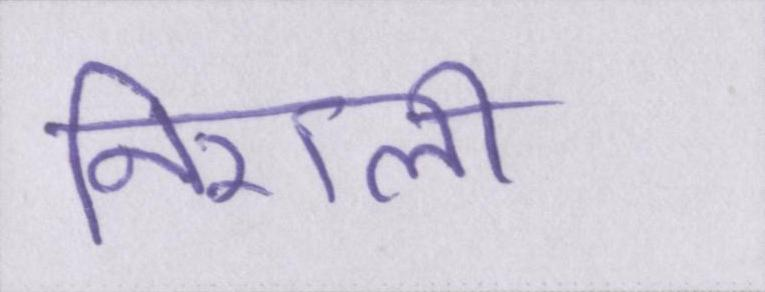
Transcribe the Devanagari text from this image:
निराली